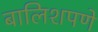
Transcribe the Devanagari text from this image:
बालिशपणे